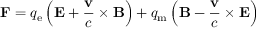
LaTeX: \mathbf { F } = q _ { \mathrm { e } } \left( \mathbf { E } + { \frac { \mathbf { v } } { c } } \times \mathbf { B } \right) + q _ { \mathrm { m } } \left( \mathbf { B } - { \frac { \mathbf { v } } { c } } \times \mathbf { E } \right)